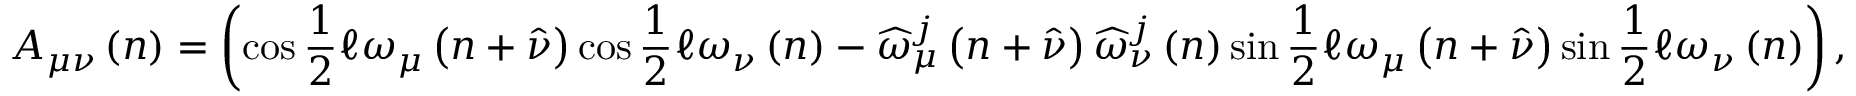
A _ { \mu \nu } \left( n \right) = \left( \cos \frac { 1 } { 2 } \mathcal { \ell } \omega _ { \mu } \left( n + \widehat { \nu } \right) \cos \frac { 1 } { 2 } \mathcal { \ell } \omega _ { \nu } \left( n \right) - \widehat { \omega } _ { \mu } ^ { j } \left( n + \widehat { \nu } \right) \widehat { \omega } _ { \nu } ^ { j } \left( n \right) \sin \frac { 1 } { 2 } \mathcal { \ell } \omega _ { \mu } \left( n + \widehat { \nu } \right) \sin \frac { 1 } { 2 } \mathcal { \ell } \omega _ { \nu } \left( n \right) \right) ,